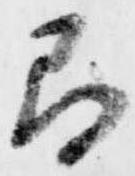
間